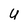
Character: U